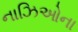
નાઝિઓના